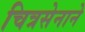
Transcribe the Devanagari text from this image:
चित्रसेनाने